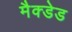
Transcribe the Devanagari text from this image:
मैक्डेड